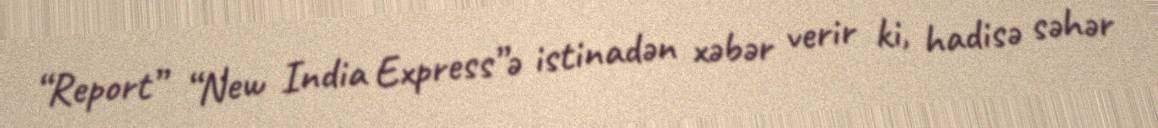
“Report” “New India Express”ə istinadən xəbər verir ki, hadisə səhər